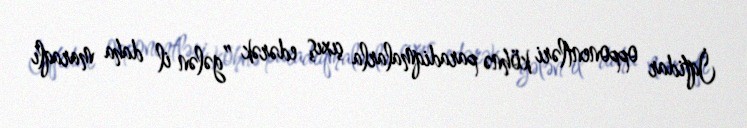
İqtidar opponentləri köhnə paradiqmalarla çıxış edərək ”gələn il daha maraqlı